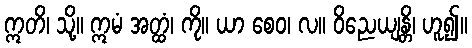
ဣတိ၊ သို့။ ဣမံ အတ္ထံ၊ ကို။ ယာ စေဝ၊ လ။ ဝိညေယျန္တိ၊ ဟူ၍။